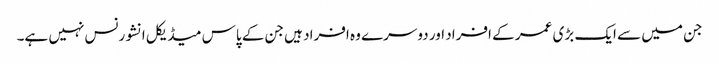
جن میں سے ایک بڑی عمر کے افراد اور دوسرے وہ افراد ہیں جن کے پاس میڈیکل انشورنس نہیں ہے۔